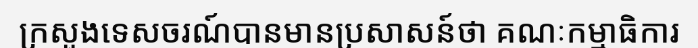
ក្រសួងទេសចរណ៍បានមានប្រសាសន៍ថា គណៈកម្មាធិការ